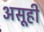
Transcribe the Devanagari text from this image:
असूही